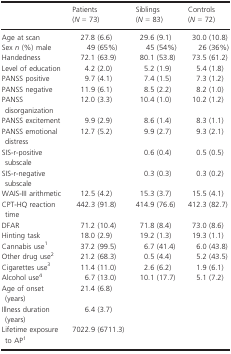
<table><thead><tr><td></td><td><b>Patients (<i>N</i> = 73)</b></td><td><b>Siblings (<i>N</i> = 83)</b></td><td><b>Controls (<i>N</i> = 72)</b></td></tr></thead><tbody><tr><td>Age at scan</td><td>27.8 (6.6)</td><td>29.6 (9.1)</td><td>30.0 (10.8)</td></tr><tr><td>Sex <i>n</i> (%) male</td><td>49 (65%)</td><td>45 (54%)</td><td>26 (36%)</td></tr><tr><td>Handedness</td><td>72.1 (63.9)</td><td>80.1 (53.8)</td><td>73.5 (61.2)</td></tr><tr><td>Level of education</td><td>4.2 (2.0)</td><td>5.2 (1.9)</td><td>5.4 (1.8)</td></tr><tr><td>PANSS positive</td><td>9.7 (4.1)</td><td>7.4 (1.5)</td><td>7.3 (1.2)</td></tr><tr><td>PANSS negative</td><td>11.9 (6.1)</td><td>8.5 (2.2)</td><td>8.2 (1.0)</td></tr><tr><td>PANSS disorganization</td><td>12.0 (3.3)</td><td>10.4 (1.0)</td><td>10.2 (1.2)</td></tr><tr><td>PANSS excitement</td><td>9.9 (2.9)</td><td>8.6 (1.4)</td><td>8.3 (1.1)</td></tr><tr><td>PANSS emotional distress</td><td>12.7 (5.2)</td><td>9.9 (2.7)</td><td>9.3 (2.1)</td></tr><tr><td>SIS‐r‐positive subscale</td><td></td><td>0.6 (0.4)</td><td>0.5 (0.5)</td></tr><tr><td>SIS‐r‐negative subscale</td><td></td><td>0.3 (0.3)</td><td>0.3 (0.2)</td></tr><tr><td>WAIS‐III arithmetic</td><td>12.5 (4.2)</td><td>15.3 (3.7)</td><td>15.5 (4.1)</td></tr><tr><td>CPT‐HQ reaction time</td><td>442.3 (91.8)</td><td>414.9 (76.6)</td><td>412.3 (82.7)</td></tr><tr><td>DFAR</td><td>71.2 (10.4)</td><td>71.8 (8.4)</td><td>73.0 (8.6)</td></tr><tr><td>Hinting task</td><td>18.0 (2.9)</td><td>19.2 (1.3)</td><td>19.3 (1.1)</td></tr><tr><td>Cannabis usea</td><td>37.2 (99.5)</td><td>6.7 (41.4)</td><td>6.0 (43.8)</td></tr><tr><td>Other drug useb</td><td>21.2 (68.3)</td><td>0.5 (4.4)</td><td>5.2 (43.5)</td></tr><tr><td>Cigarettes usec</td><td>11.4 (11.0)</td><td>2.6 (6.2)</td><td>1.9 (6.1)</td></tr><tr><td>Alcohol used</td><td>6.7 (13.0)</td><td>10.1 (17.7)</td><td>5.1 (7.2)</td></tr><tr><td>Age of onset (years)</td><td>21.4 (6.8)</td><td></td><td></td></tr><tr><td>Illness duration (years)</td><td>6.4 (3.7)</td><td></td><td></td></tr><tr><td>Lifetime exposure to APa</td><td>7022.9 (6711.3)</td><td></td><td></td></tr></tbody></table>